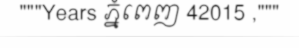
"""Years ភ្នំពេញ 42015 ,"""